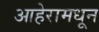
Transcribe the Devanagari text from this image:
आहेरामधून